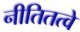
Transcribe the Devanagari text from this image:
नीतितत्वे